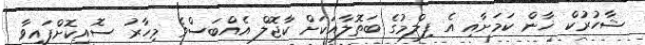
ޝާހުރުކް ޚާން ކަމަށާއި އެ ފިލްމުގެ ބަތޮލާއަކަށް ކާޖޮލް އެއްބަސްވެ މިހާރު ސޮއިކޮށްފައިވާ